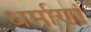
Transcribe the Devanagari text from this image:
धर्माणां